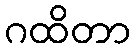
ဂထိတာ